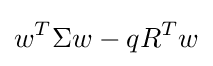
w^{T}\Sigma w-qR^{T}w